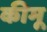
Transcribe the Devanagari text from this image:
कीमू